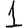
Digit: 1